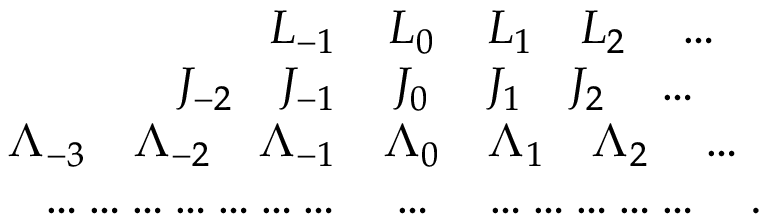
\begin{array} { r c l } { { L _ { - 1 } } } & { { L _ { 0 } } } & { { L _ { 1 } \quad L _ { 2 } \quad \ldots } } \\ { { J _ { - 2 } \quad J _ { - 1 } } } & { { J _ { 0 } } } & { { J _ { 1 } \quad J _ { 2 } \quad \ldots } } \\ { { \Lambda _ { - 3 } \quad \Lambda _ { - 2 } \quad \Lambda _ { - 1 } } } & { { \Lambda _ { 0 } } } & { { \Lambda _ { 1 } \quad \Lambda _ { 2 } \quad \ldots } } \\ { { \ldots \ldots \ldots \ldots \ldots \ldots \ldots } } & { { \ldots } } & { { \ldots \ldots \ldots \ldots \ldots \quad . } } \end{array}